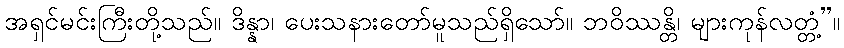
အရှင်မင်းကြီးတို့သည်။ ဒိန္နာ၊ ပေးသနားတော်မူသည်ရှိသော်။ ဘဝိဿန္တိ၊ များကုန်လတ္တံ့”။